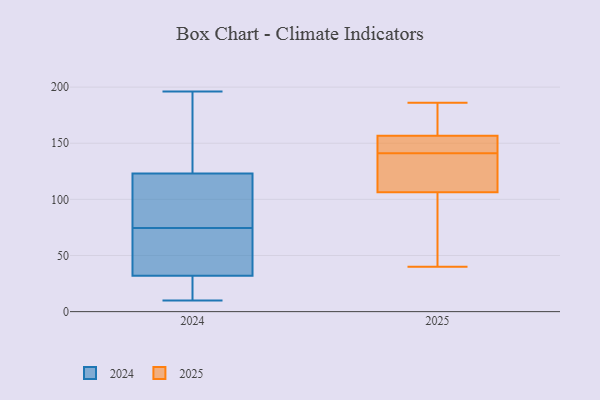
{"axis": {"x": "Net Income (USD K)", "y": "Value"}, "legend": ["2024", "2025"], "data": [{"x": "", "y": 40, "type": "2025"}, {"x": "", "y": 57, "type": "2025"}, {"x": "", "y": 158, "type": "2025"}, {"x": "", "y": 109, "type": "2025"}, {"x": "", "y": 186, "type": "2025"}, {"x": "", "y": 107, "type": "2025"}, {"x": "", "y": 153, "type": "2025"}, {"x": "", "y": 80, "type": "2025"}, {"x": "", "y": 106, "type": "2025"}, {"x": "", "y": 144, "type": "2025"}, {"x": "", "y": 141, "type": "2025"}, {"x": "", "y": 141, "type": "2025"}, {"x": "", "y": 175, "type": "2025"}, {"x": "", "y": 168, "type": "2025"}, {"x": "", "y": 132, "type": "2025"}, {"x": "", "y": 55, "type": "2024"}, {"x": "", "y": 158, "type": "2024"}, {"x": "", "y": 94, "type": "2024"}, {"x": "", "y": 196, "type": "2024"}, {"x": "", "y": 25, "type": "2024"}, {"x": "", "y": 123, "type": "2024"}, {"x": "", "y": 39, "type": "2024"}, {"x": "", "y": 14, "type": "2024"}, {"x": "", "y": 36, "type": "2024"}, {"x": "", "y": 105, "type": "2024"}, {"x": "", "y": 109, "type": "2024"}, {"x": "", "y": 10, "type": "2024"}, {"x": "", "y": 144, "type": "2024"}, {"x": "", "y": 32, "type": "2024"}]}